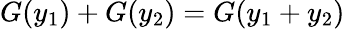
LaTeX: G(y_{1})+G(y_{2})=G(y_{1}+y_{2})